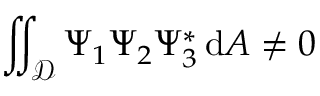
\iint _ { \mathcal { D } } \Psi _ { 1 } \Psi _ { 2 } \Psi _ { 3 } ^ { * } \, \mathrm { d } A \neq 0